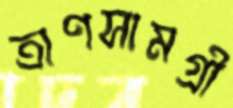
ত্রাণসামগ্রী